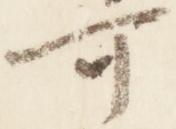
可